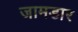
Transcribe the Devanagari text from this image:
जामडार